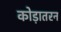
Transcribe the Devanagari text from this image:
कोड़ातरन